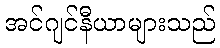
အင်ဂျင်နီယာများသည်